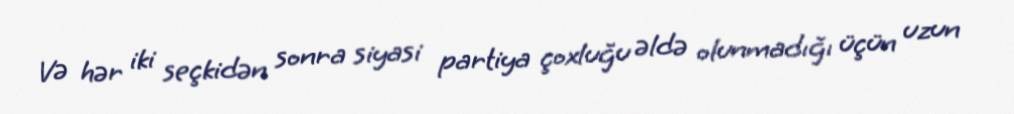
Və hər iki seçkidən sonra siyasi partiya çoxluğu əldə olunmadığı üçün uzun